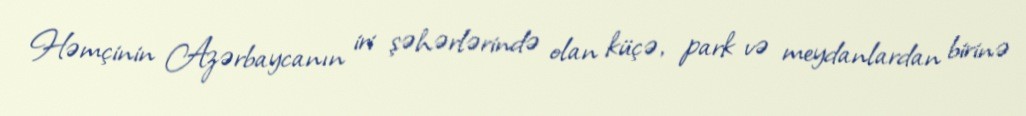
Həmçinin Azərbaycanın iri şəhərlərində olan küçə, park və meydanlardan birinə